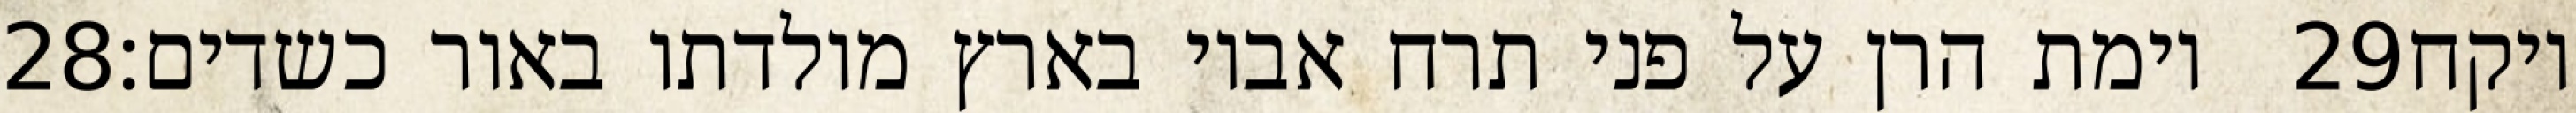
‎28‏ וימת הרן על פני תרח אביו בארץ מולדתו באור כשדים׃ ‎29‏ ויקח